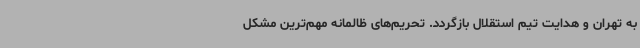
به تهران و هدایت تیم استقلال بازگردد. تحریم‌های ظالمانه مهم‌ترین مشکل